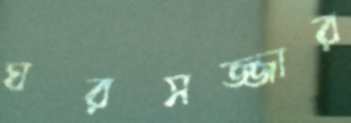
ঘরসজ্জার